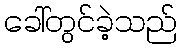
ခေါ်တွင်ခဲ့သည်